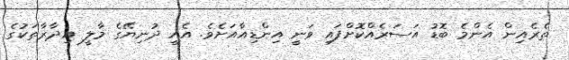
ތެރެއިން އެންމެ ބޮޑު އަސަރެއްކޮށްފައި ވަނީ އިންޑިއާއަށެވެ. އެއީ ދުނިޔޭގެ މާލީ އިދާރާތަކުގެ